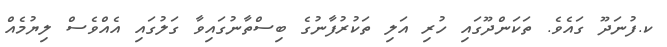
ކ.ފުނަދޫ ގައެވެ. ތަކަންދޫގައި ހުރި އަލި ތަކުރުފާނުގެ ބިސްތާނުގައިވާ ގަލުގައި އެއްވެސް ލިޔުމެއް